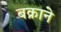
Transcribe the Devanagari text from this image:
बक्राने